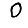
Digit: 0